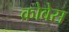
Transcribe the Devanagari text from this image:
क्रोवेस